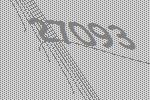
27093